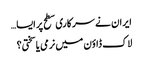
ایران نے سرکاری سطح پر ایسا…
لاک ڈاؤن میں نرمی یا سختی؟